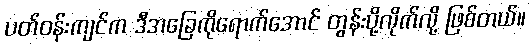
ပတ်ဝန်းကျင်က ဒီအခြေကိုရောက်အောင် တွန်းပို့လိုက်လို့ ဖြစ်တယ်။